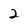
Character: 2